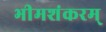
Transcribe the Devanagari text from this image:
भीमशंकरम्